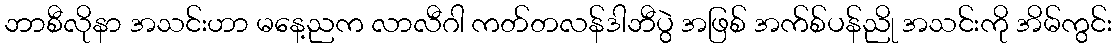
ဘာစီလိုနာ အသင်းဟာ မနေ့ညက လာလီဂါ ကတ်တလန်ဒါဘီပွဲ အဖြစ် အက်စ်ပန်ညို အသင်းကို အိမ်ကွင်း